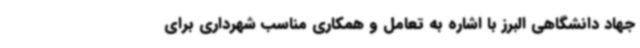
جهاد دانشگاهی البرز با اشاره به تعامل و همکاری مناسب شهرداری برای